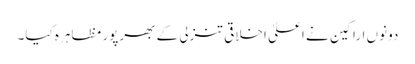
دونوں اراکین نے اعلیٰ اخلاقی تنزلی کے بھرپور مظاہرہ کیا۔